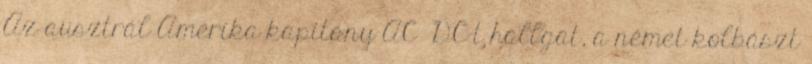
Az ausztrál Amerika kapitány AC DC-t hallgat, a német kolbászt